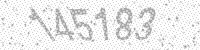
Solution: 145183